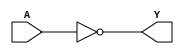
module INVX2 (A, Y);
input  A ;
output Y ;

   not (Y, A);

   specify
     // delay parameters
     specparam
       tplhl$A$Y = 0.083:0.083:0.083,
       tphlh$A$Y = 0.079:0.079:0.079;

     // path delays
     (A *> Y) = (tphlh$A$Y, tplhl$A$Y);

   endspecify

endmodule